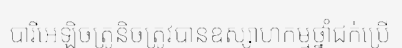
បារីអេឡិចត្រូនិចត្រូវបានឧស្សាហកម្មថ្នាំជក់ប្រើ